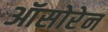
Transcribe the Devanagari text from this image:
ऑसोरेन